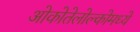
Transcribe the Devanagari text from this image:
ओकोतेलोल्कोमध्ये